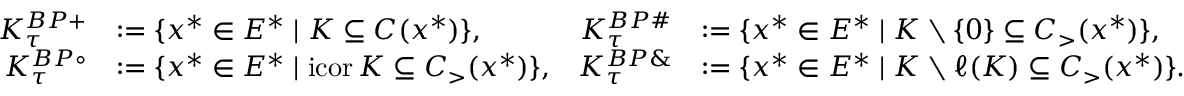
\begin{array} { r l r l } { K _ { \tau } ^ { B P + } } & { : = \{ x ^ { * } \in E ^ { * } \mid K \subseteq C ( x ^ { * } ) \} , } & { K _ { \tau } ^ { B P \# } } & { : = \{ x ^ { * } \in E ^ { * } \mid K \setminus \{ 0 \} \subseteq C _ { > } ( x ^ { * } ) \} , } \\ { K _ { \tau } ^ { B P \circ } } & { : = \{ x ^ { * } \in E ^ { * } \mid \mathrm { i c o r } \, K \subseteq C _ { > } ( x ^ { * } ) \} , } & { K _ { \tau } ^ { B P \& } } & { : = \{ x ^ { * } \in E ^ { * } \mid K \setminus \ell ( K ) \subseteq C _ { > } ( x ^ { * } ) \} . } \end{array}